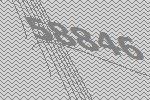
58846